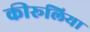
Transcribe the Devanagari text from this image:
कीरूलिया